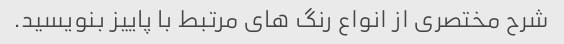
شرح مختصری از انواع رنگ های مرتبط با پاییز بنویسید.